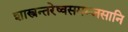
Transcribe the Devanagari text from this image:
शास्त्रन्तरेष्वसमम्जसानि